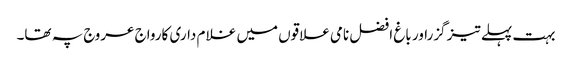
بہت پہلے تیز گزراور باغ افضل نامی علاقوں میں غلا م داری کارواج عروج پہ تھا۔